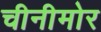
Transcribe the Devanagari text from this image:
चीनीमोर